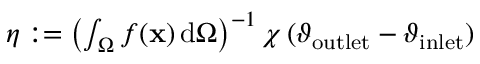
\begin{array} { r } { \eta : = \left( \int _ { \Omega } f ( \mathbf { x } ) \, \mathrm { d } \Omega \right) ^ { - 1 } \chi \, ( \vartheta _ { \mathrm { o u t l e t } } - \vartheta _ { \mathrm { i n l e t } } ) } \end{array}